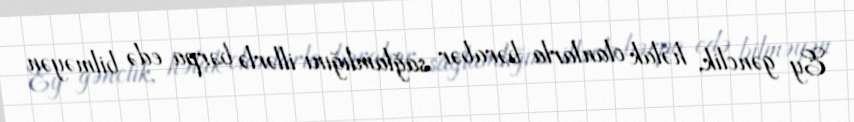
Ey gənclik, həlak olanlarla bərabər sağlamlığını illərlə bərpa edə bilməyən